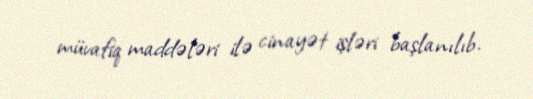
müvafiq maddələri ilə cinayət işləri başlanılıb.